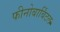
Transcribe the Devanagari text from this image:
फीनोबार्बिटल